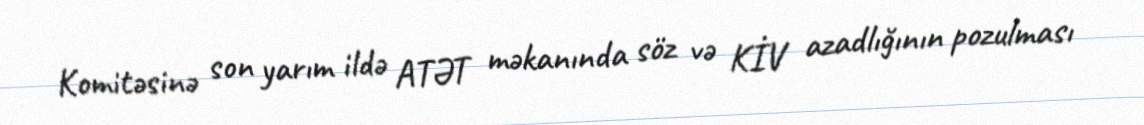
Komitəsinə son yarım ildə ATƏT məkanında söz və KİV azadlığının pozulması